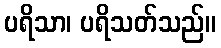
ပရိသာ၊ ပရိသတ်သည်။